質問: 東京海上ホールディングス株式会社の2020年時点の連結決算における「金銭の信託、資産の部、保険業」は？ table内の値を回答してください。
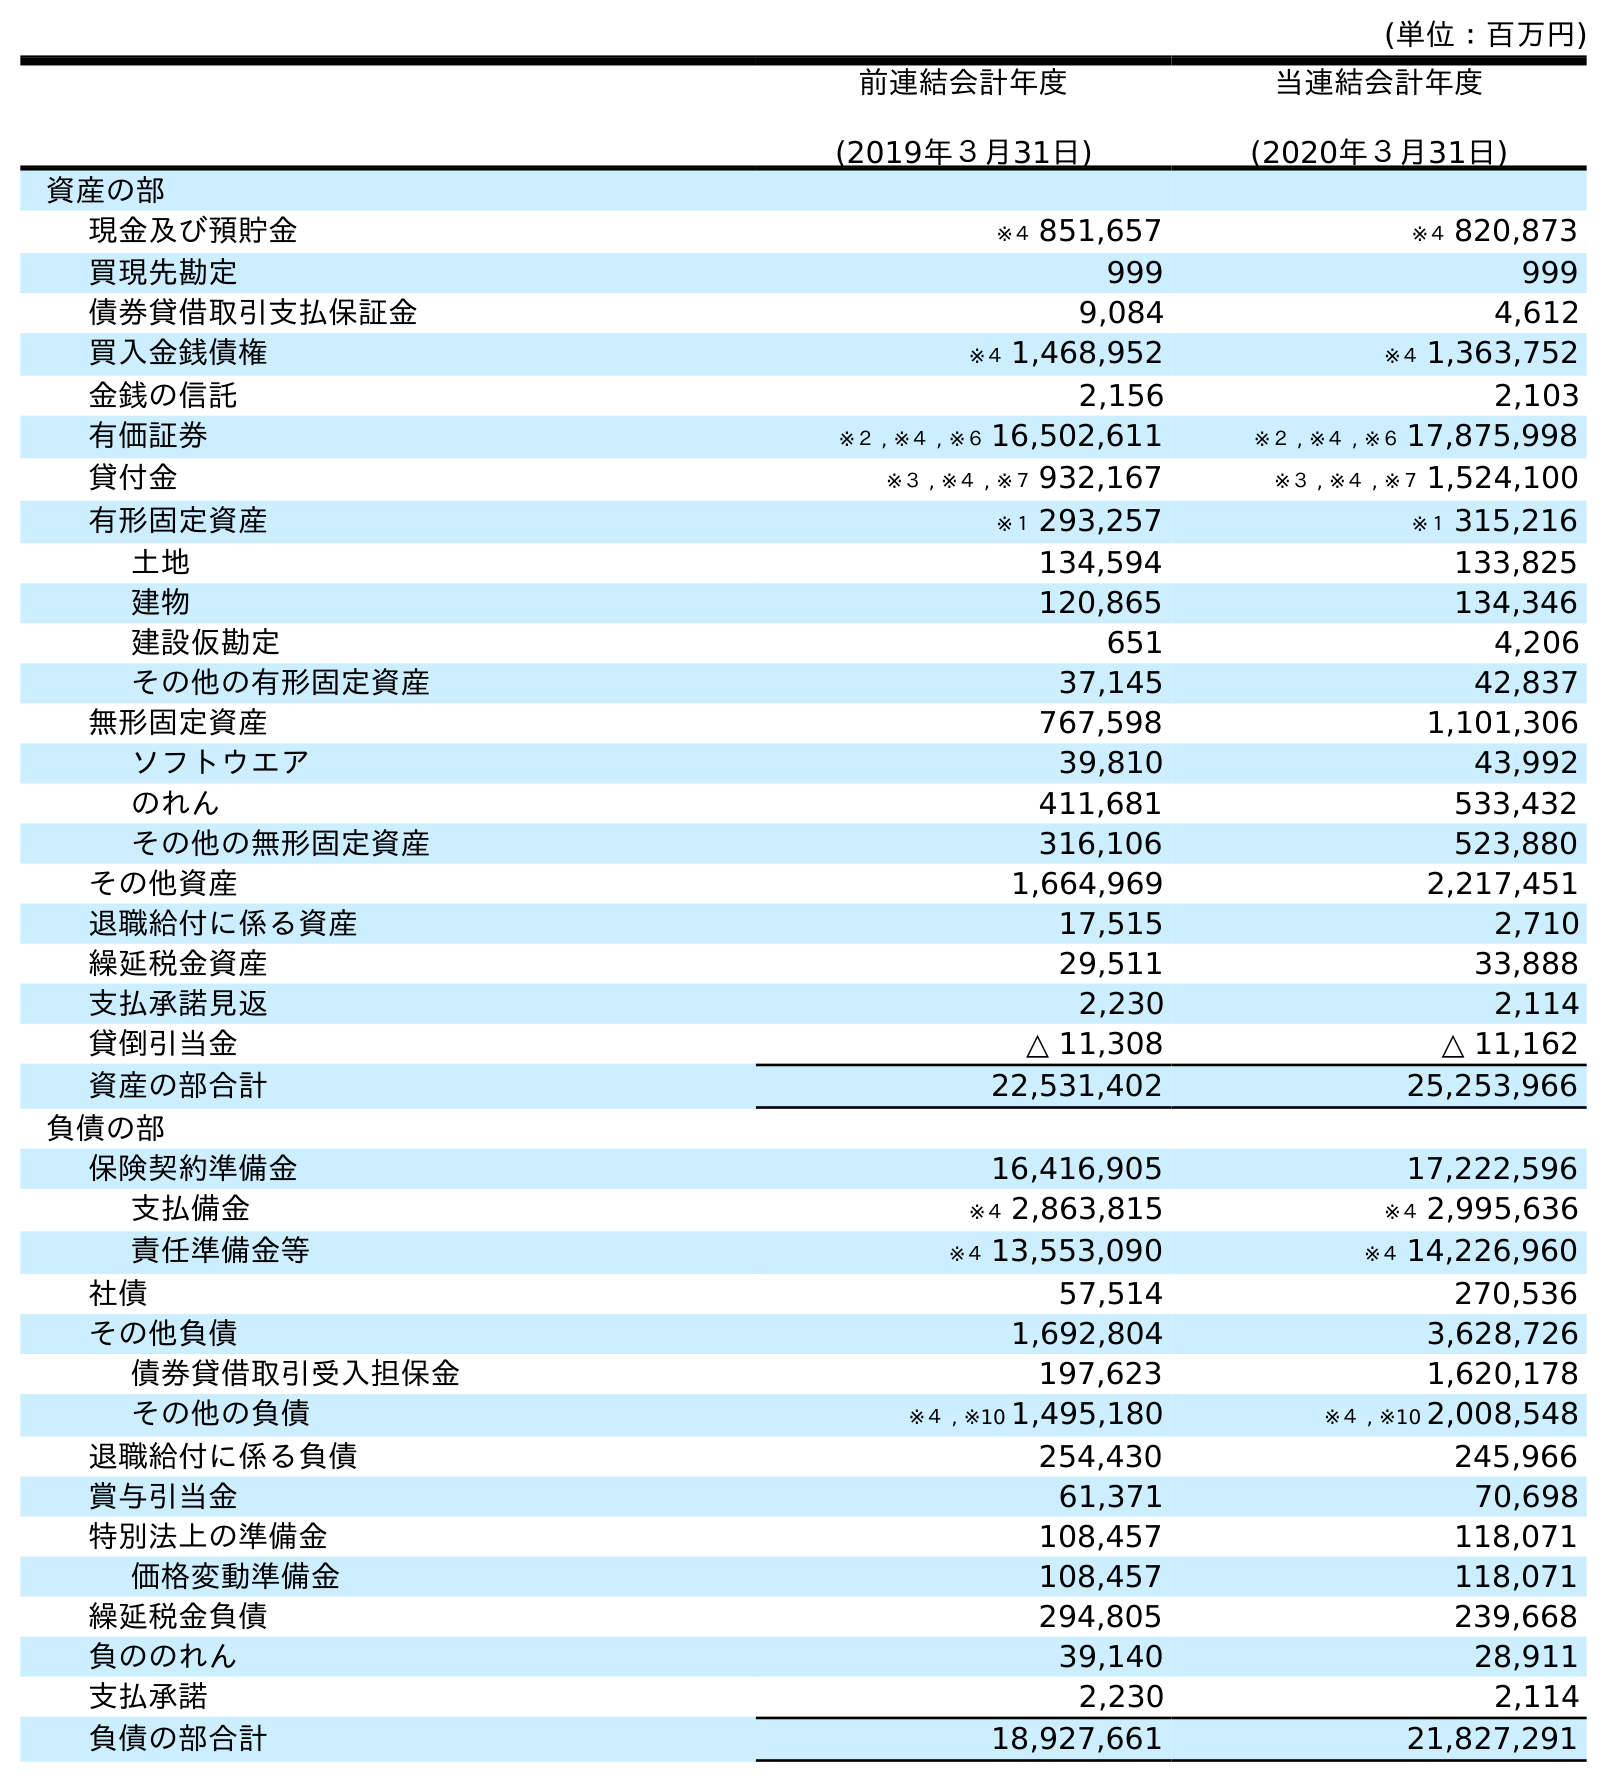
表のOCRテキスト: (単位：百万円) 前連結会計年度 (2019年３月31日) 当連結会計年度 (2020年３月31日) 資産の部 現金及び預貯金 ※４ 851,657 ※４ 820,873 買現先勘定 999 999 債券貸借取引支払保証金 9,084 4,612 買入金銭債権 ※４ 1,468,952 ※４ 1,363,752 金銭の信託 2,156 2,103 有価証券 ※２ , ※４ , ※６ 16,502,611 ※２ , ※４ , ※６ 17,875,998 貸付金 ※３ , ※４ , ※７ 932,167 ※３ , ※４ , ※７ 1,524,100 有形固定資産 ※１ 293,257 ※１ 315,216 土地 134,594 133,825 建物 120,865 134,346 建設仮勘定 651 4,206 その他の有形固定資産 37,145 42,837 無形固定資産 767,598 1,101,306 ソフトウエア 39,810 43,992 のれん 411,681 533,432 その他の無形固定資産 316,106 523,880 その他資産 1,664,969 2,217,451 退職給付に係る資産 17,515 2,710 繰延税金資産 29,511 33,888 支払承諾見返 2,230 2,114 貸倒引当金 △ 11,308 △ 11,162 資産の部合計 22,531,402 25,253,966 負債の部 保険契約準備金 16,416,905 17,222,596 支払備金 ※４ 2,863,815 ※４ 2,995,636 責任準備金等 ※４ 13,553,090 ※４ 14,226,960 社債 57,514 270,536 その他負債 1,692,804 3,628,726 債券貸借取引受入担保金 197,623 1,620,178 その他の負債 ※４ , ※10 1,495,180 ※４ , ※10 2,008,548 退職給付に係る負債 254,430 245,966 賞与引当金 61,371 70,698 特別法上の準備金 108,457 118,071 価格変動準備金 108,457 118,071 繰延税金負債 294,805 239,668 負ののれん 39,140 28,911 支払承諾 2,230 2,114 負債の部合計 18,927,661 21,827,291
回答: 2,103